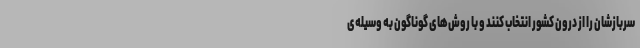
سربازشان را از درون کشور انتخاب کنند و با روش‌های گوناگون به وسیله‌ی